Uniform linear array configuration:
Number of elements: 24
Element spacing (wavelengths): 1
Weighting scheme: blackman
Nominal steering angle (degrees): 15
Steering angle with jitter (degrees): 13.558
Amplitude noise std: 0.05
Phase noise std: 0.05

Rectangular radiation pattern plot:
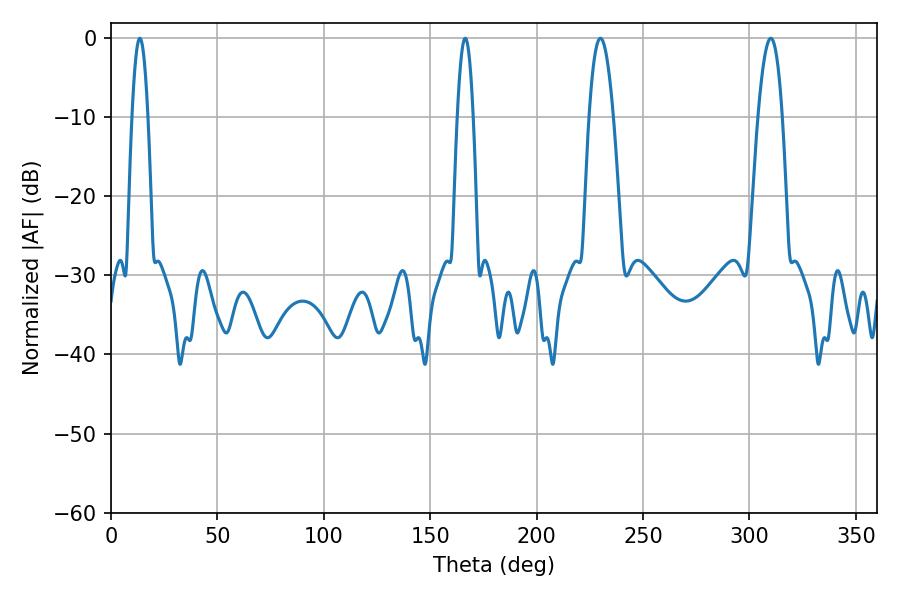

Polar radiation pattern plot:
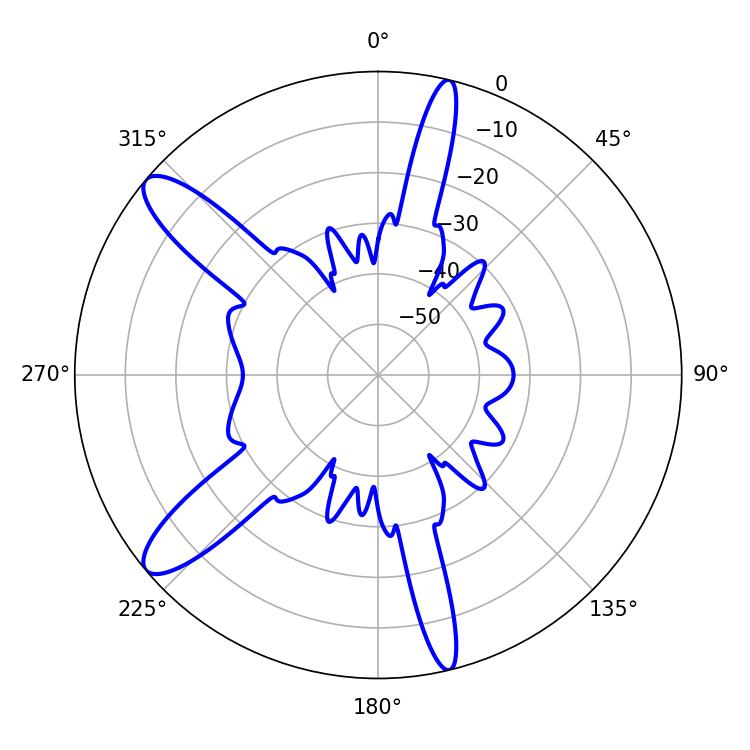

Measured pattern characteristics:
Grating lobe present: TRUE
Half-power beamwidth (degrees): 6.3
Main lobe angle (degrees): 230.04